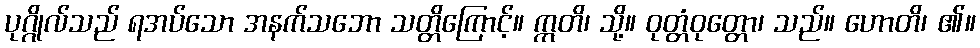
ပုဂ္ဂိုလ်သည် ရအပ်သော အနက်သဘော သတ္တိကြောင့်။ ဣတိ၊ သို့။ ဝုတ္တံဝုတ္တော၊ သည်။ ဟောတိ၊ ၏။